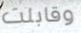
وقابلت